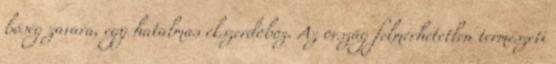
bőség zavara, egy hatalmas ékszerdoboz. Az ország felmérhetetlen természeti